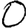
Digit: 0